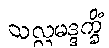
သလ္လမဒ္ဒက္ခိံ